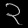
Digit: ၃